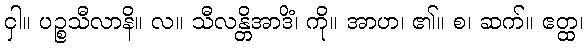
ငှါ။ ပဉ္စသီလာနိ။ လ။ သီလန္တိအာဒိံ၊ ကို။ အာဟ၊ ၏။ စ၊ ဆက်။ ဧတ္ထ၊